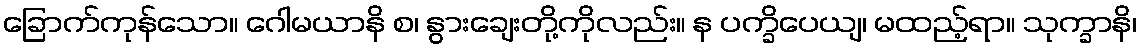
ခြောက်ကုန်သော။ ဂေါမယာနိ စ၊ နွားချေးတို့ကိုလည်း။ န ပက္ခိပေယျ၊ မထည့်ရာ။ သုက္ခာနိ၊